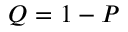
Q = 1 - P